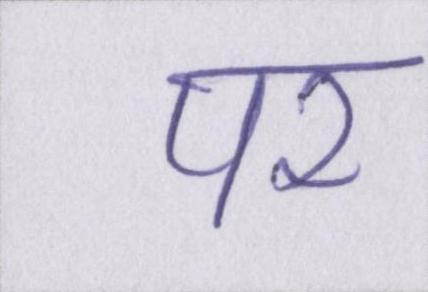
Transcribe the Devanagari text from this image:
पर